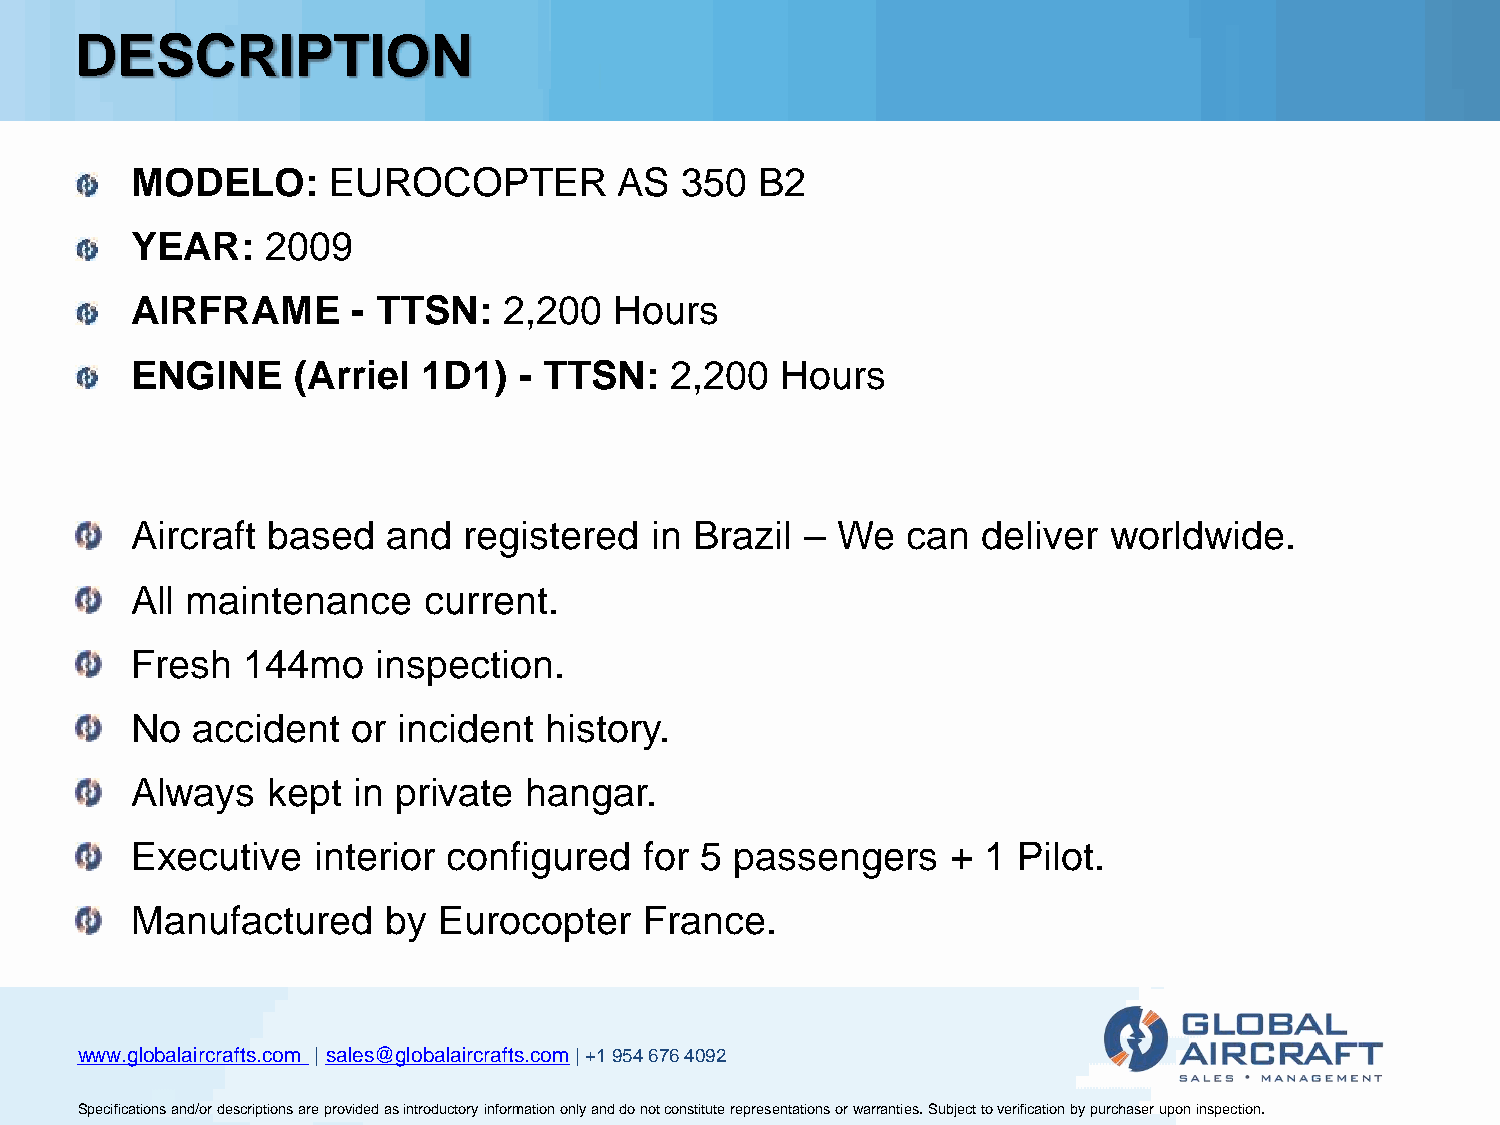
DESCRIPTION
 MODELO:      EUROCOPTER         AS  350  B2
 YEAR:    2009
 AIRFRAME      - TTSN:   2,200   Hours
 ENGINE    (Arriel  1D1)  - TTSN:   2,200   Hours
 Aircraft based   and  registered  in Brazil – We   can  deliver worldwide.
 All maintenance    current.
 Fresh  144mo    inspection.
 No  accident  or incident  history.
 Always   kept in private  hangar.
 Executive   interior configured   for 5 passengers    + 1 Pilot.
 Manufactured    by  Eurocopter    France.
 wwwwwwwww...ggglllooobbbaaalllaaaiiirrrcccrrraaaffftttsss...cccooommm ||| sssaaallleeesss@@@ggglllooobbbaaalllaaaiiirrrcccrrraaaffftttsss...cccooommm||| +++111 999555444 666777666 444000999222
 SSSpppeeeccciiifffiiicccaaatttiiiooonnnsss aaannnddd///ooorrr dddeeessscccrrriiippptttiiiooonnnsss aaarrreee ppprrrooovvviiidddeeeddd aaasss iiinnntttrrroooddduuuccctttooorrryyy iiinnnfffooorrrmmmaaatttiiiooonnn ooonnnlllyyy aaannnddd dddooo nnnooottt cccooonnnssstttiiitttuuuttteee rrreeeppprrreeessseeennntttaaatttiiiooonnnsss ooorrr wwwaaarrrrrraaannntttiiieeesss... SSSuuubbbjjjeeecccttt tttooo vvveeerrriiifffiiicccaaatttiiiooonnn bbbyyy pppuuurrrccchhhaaassseeerrr uuupppooonnn iiinnnssspppeeeccctttiiiooonnn...